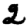
Digit: 2